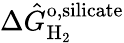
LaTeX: \Delta\hat{G}_{\mathrm{H_{2}}}^{\mathrm{o,silicate}}